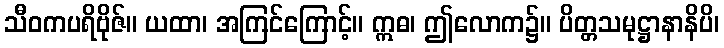
သီဝကပရိဗိုဇ်။ ယထာ၊ အကြင်ကြောင့်။ ဣဓ၊ ဤလောက၌။ ပိတ္တသမုဋ္ဌာနာနိပိ၊